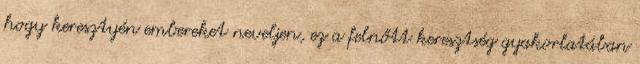
hogy keresztyén embereket neveljen, ez a felnőtt keresztség gyakorlatában